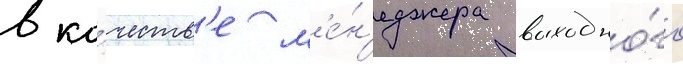
в ка́честв'е м'е́н'еджера выходно́го